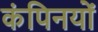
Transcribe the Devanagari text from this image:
कंपिनयों